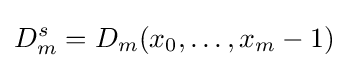
D_{m}^{s}=D_{m}(x_{0},\dots ,x_{m}-1)